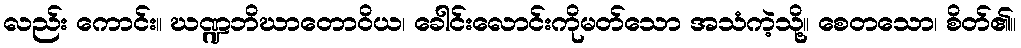
လည်း ကောင်း။ ဃဏ္ဍဘိဃာတောဝိယ၊ ခေါင်းလောင်းကိုမတ်သော အသံကဲ့သို့။ စေတသော၊ စိတ်၏။